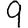
Digit: 9